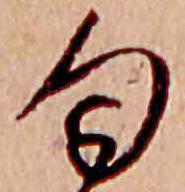
匂